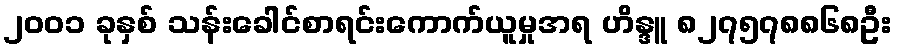
၂၀၀၁ ခုနှစ် သန်းခေါင်စာရင်းကောက်ယူမှုအရ ဟိန္ဒူ ၈၂၇၅၇၈၈၆၈ဦး